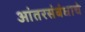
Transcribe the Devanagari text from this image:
आंतरसंबंधाचे